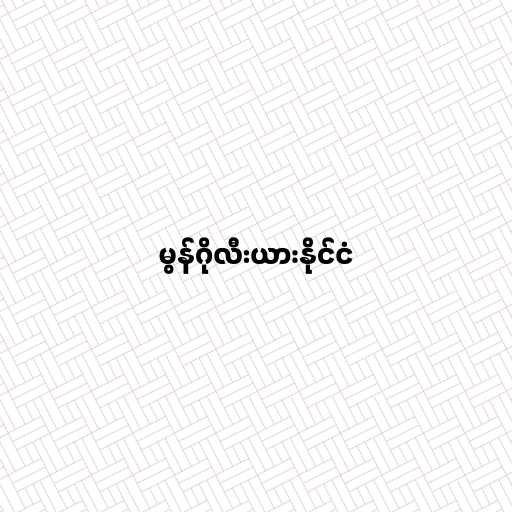
မွန်ဂိုလီးယားနိုင်ငံ